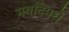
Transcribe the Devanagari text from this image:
मर्यादेमधे